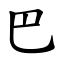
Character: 巴